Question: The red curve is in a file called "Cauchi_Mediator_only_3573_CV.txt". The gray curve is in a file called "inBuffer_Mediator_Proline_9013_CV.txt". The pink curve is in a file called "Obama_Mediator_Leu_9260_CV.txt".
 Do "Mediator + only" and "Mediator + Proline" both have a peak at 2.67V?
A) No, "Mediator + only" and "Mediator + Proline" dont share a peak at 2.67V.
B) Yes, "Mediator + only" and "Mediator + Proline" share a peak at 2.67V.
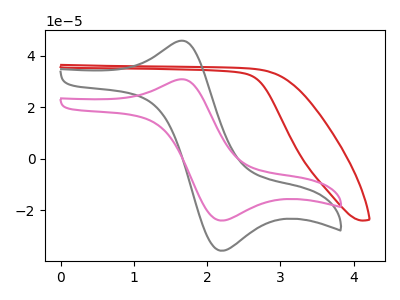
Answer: <think>The red curve "Mediator + only" has no peaks. The gray curve "Mediator + Proline" has an anodic peak at (1.60V, 45.65uA) and a cathodic peak at (2.20V, -35.80uA). The pink curve "Mediator + Leu" has an anodic peak at (1.60V, 30.70uA) and a cathodic peak at (2.20V, -24.10uA).</think>
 <answer>A) No, "Mediator + only" and "Mediator + Proline" dont share a peak at 2.67V.</answer>
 <eval>A</eval>